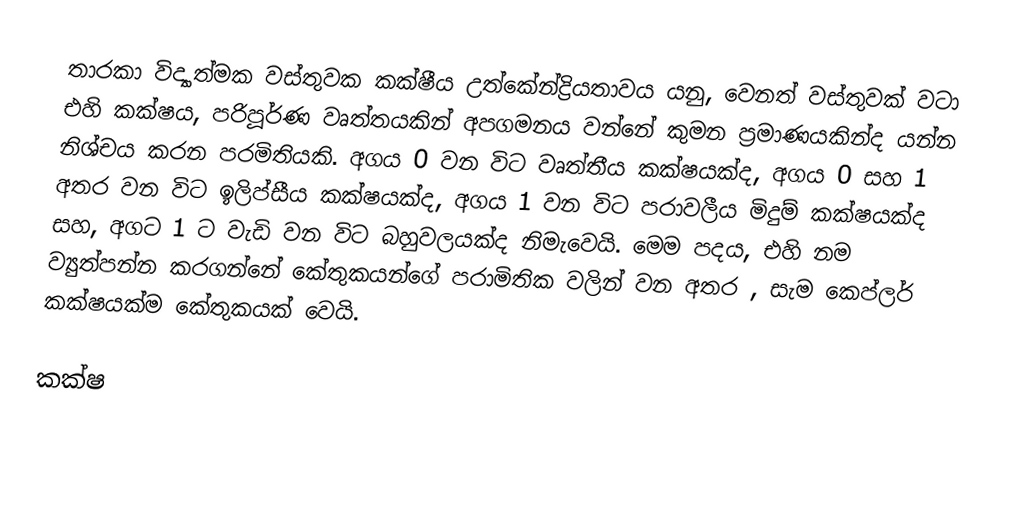
තාරකා විද්‍යාත්මක වස්තුවක  කක්ෂීය උත්කේන්ද්‍රියතාවය යනු,  වෙනත් වස්තුවක් වටා එහි කක්ෂය, පරිපූර්ණ වෘත්තයකින් අපගමනය වන්නේ කුමන ප්‍රමාණයකින්ද යන්න නිශ්චය කරන පරමිතියකි. අගය 0 වන විට වෘත්තීය කක්ෂයක්ද, අගය 0 සහ 1 අතර වන විට ඉලිප්සීය කක්ෂයක්ද, අගය 1 වන විට පරාවලීය මිදුම් කක්ෂයක්ද සහ, අගට 1 ට වැඩි වන විට බහුවලයක්ද නිමැවෙයි. මෙම පදය, එහි නම ව්‍යුත්පන්න කරගන්නේ කේතුකයන්ගේ පරාමිතික වලින් වන අතර , සැම කෙප්ලර් කක්ෂයක්ම කේතුකයක් වෙයි.

කක්ෂ